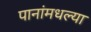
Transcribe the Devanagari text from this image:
पानांमधल्या